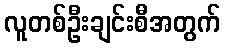
လူတစ်ဦးချင်းစီအတွက်